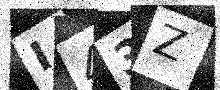
Text: I43Z